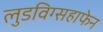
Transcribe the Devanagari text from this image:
लुडविग्सहाफेन